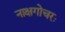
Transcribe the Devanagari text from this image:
नाक्षगोचरः